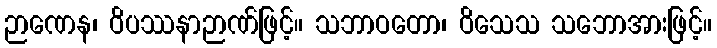
ဉာဏေန၊ ဝိပဿနာဉာဏ်ဖြင့်။ သဘာဝတော၊ ဝိသေသ သဘောအားဖြင့်။